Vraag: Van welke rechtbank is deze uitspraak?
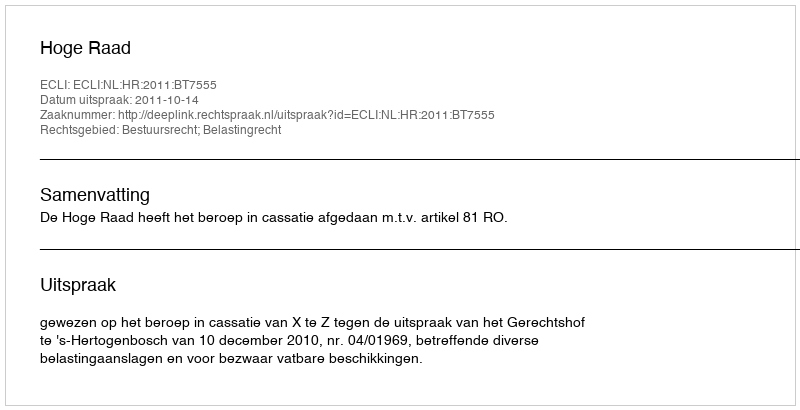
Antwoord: Hoge Raad